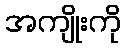
အကျိုးကို